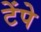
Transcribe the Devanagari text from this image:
टेंपे